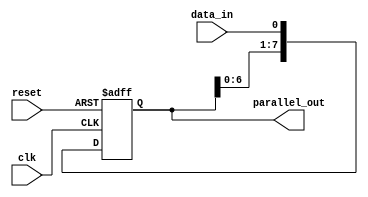
module SIPO_shift_register (
  input wire clk,
  input wire reset,
  input wire data_in,
  output reg [7:0] parallel_out
);

reg [7:0] shift_register;

always @(posedge clk or posedge reset) begin
  if (reset) begin
    shift_register <= 8'b0;
  end else begin
    shift_register <= {shift_register[6:0], data_in};
  end
end

assign parallel_out = shift_register;

endmodule